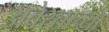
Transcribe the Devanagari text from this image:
अवेस्ताच्या